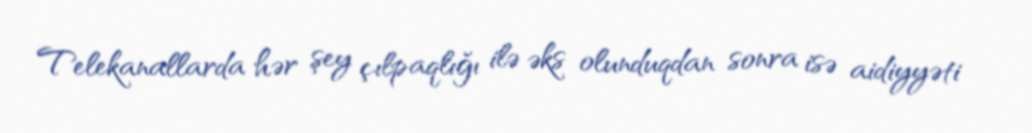
Telekanallarda hər şey çılpaqlığı ilə əks olunduqdan sonra isə aidiyyəti